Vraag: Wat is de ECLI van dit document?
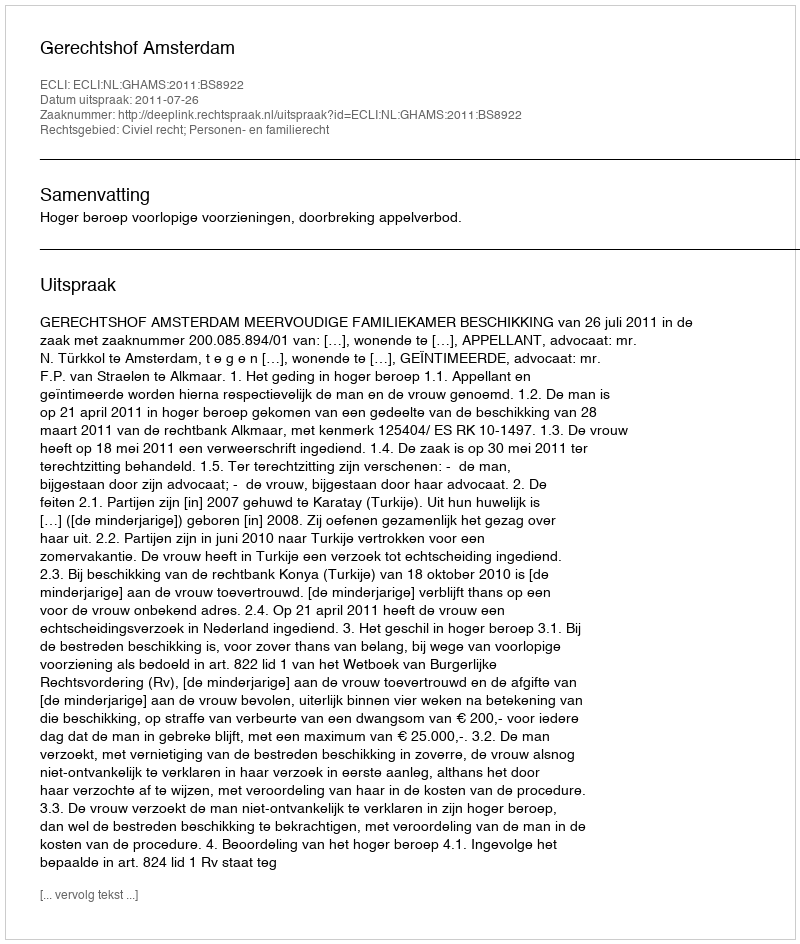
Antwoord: ECLI:NL:GHAMS:2011:BS8922